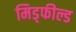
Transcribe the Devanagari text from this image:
मिड्फील्ड